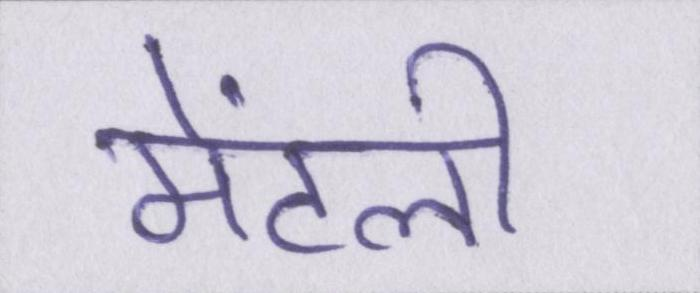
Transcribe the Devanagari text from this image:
मेंटली